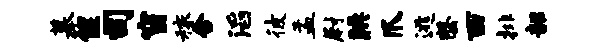
摹偃司窗稼含滔彼盂尉腆爪逃罄西排韶